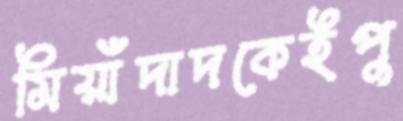
মিয়াঁদাদকেইপু